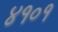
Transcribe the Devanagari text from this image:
४१०१